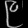
Digit: ၉